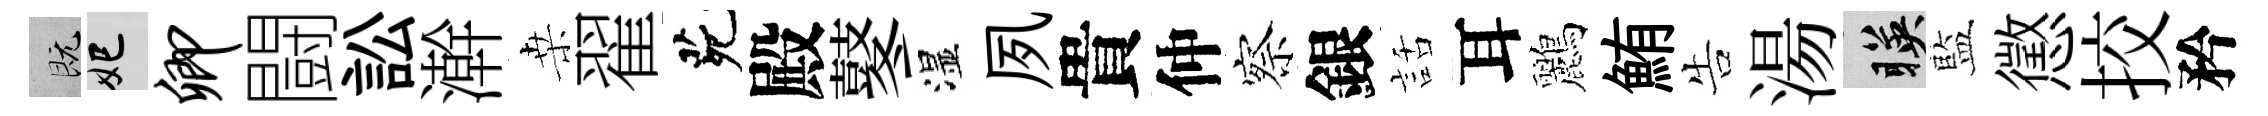
既妃卿闘訟澣桒翟茕殿鼕湿夙貴仲察銀話耳鸝鮪告湯暎藍懲挍矜